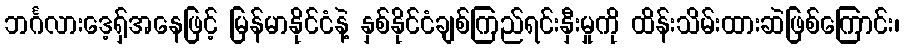
ဘင်္ဂလားဒေ့ရှ်အနေဖြင့် မြန်မာနိုင်ငံနဲ့ နှစ်နိုင်ငံချစ်ကြည်ရင်းနှီးမှုကို ထိန်းသိမ်းထားဆဲဖြစ်ကြောင်း၊